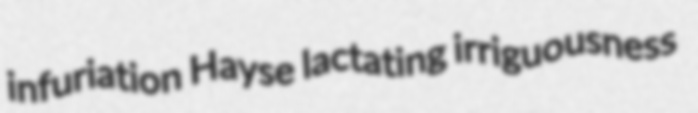
infuriation Hayse lactating irriguousness